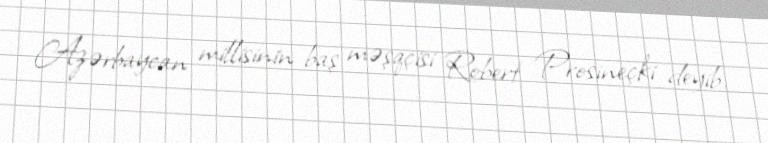
Azərbaycan millisinin baş məşqçisi Robert Prosineçki deyib.